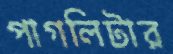
পাগলিটার